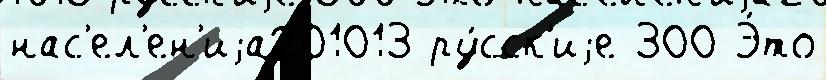
нас'ел'ен'иjа201013 ру́сск'иjе 300 Э́то